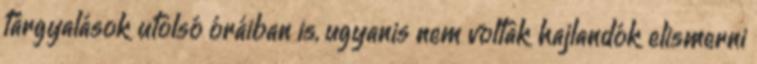
tárgyalások utolsó óráiban is, ugyanis nem voltak hajlandók elismerni